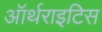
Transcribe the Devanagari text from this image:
ऑर्थराइटिस